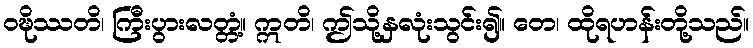
ဝဍ္ဎိဿတိ၊ ကြီးပွားလတ္တံ့။ ဣတိ၊ ဤသို့နှလုံးသွင်း၍။ တေ၊ ထိုရဟန်းတို့သည်။